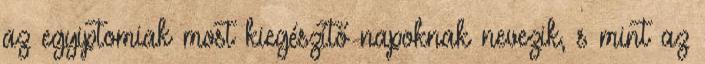
az egyiptomiak most kiegészítő napoknak nevezik, s mint az